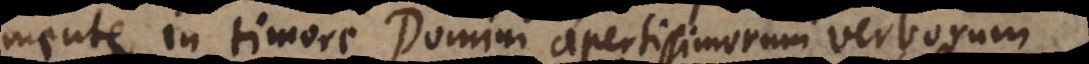
mente in timore Domini apertissimorum verborum